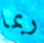
ربما